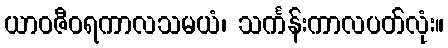
ယာဝဇီဝရကာလသမယံ၊ သင်္ကန်းကာလပတ်လုံး။